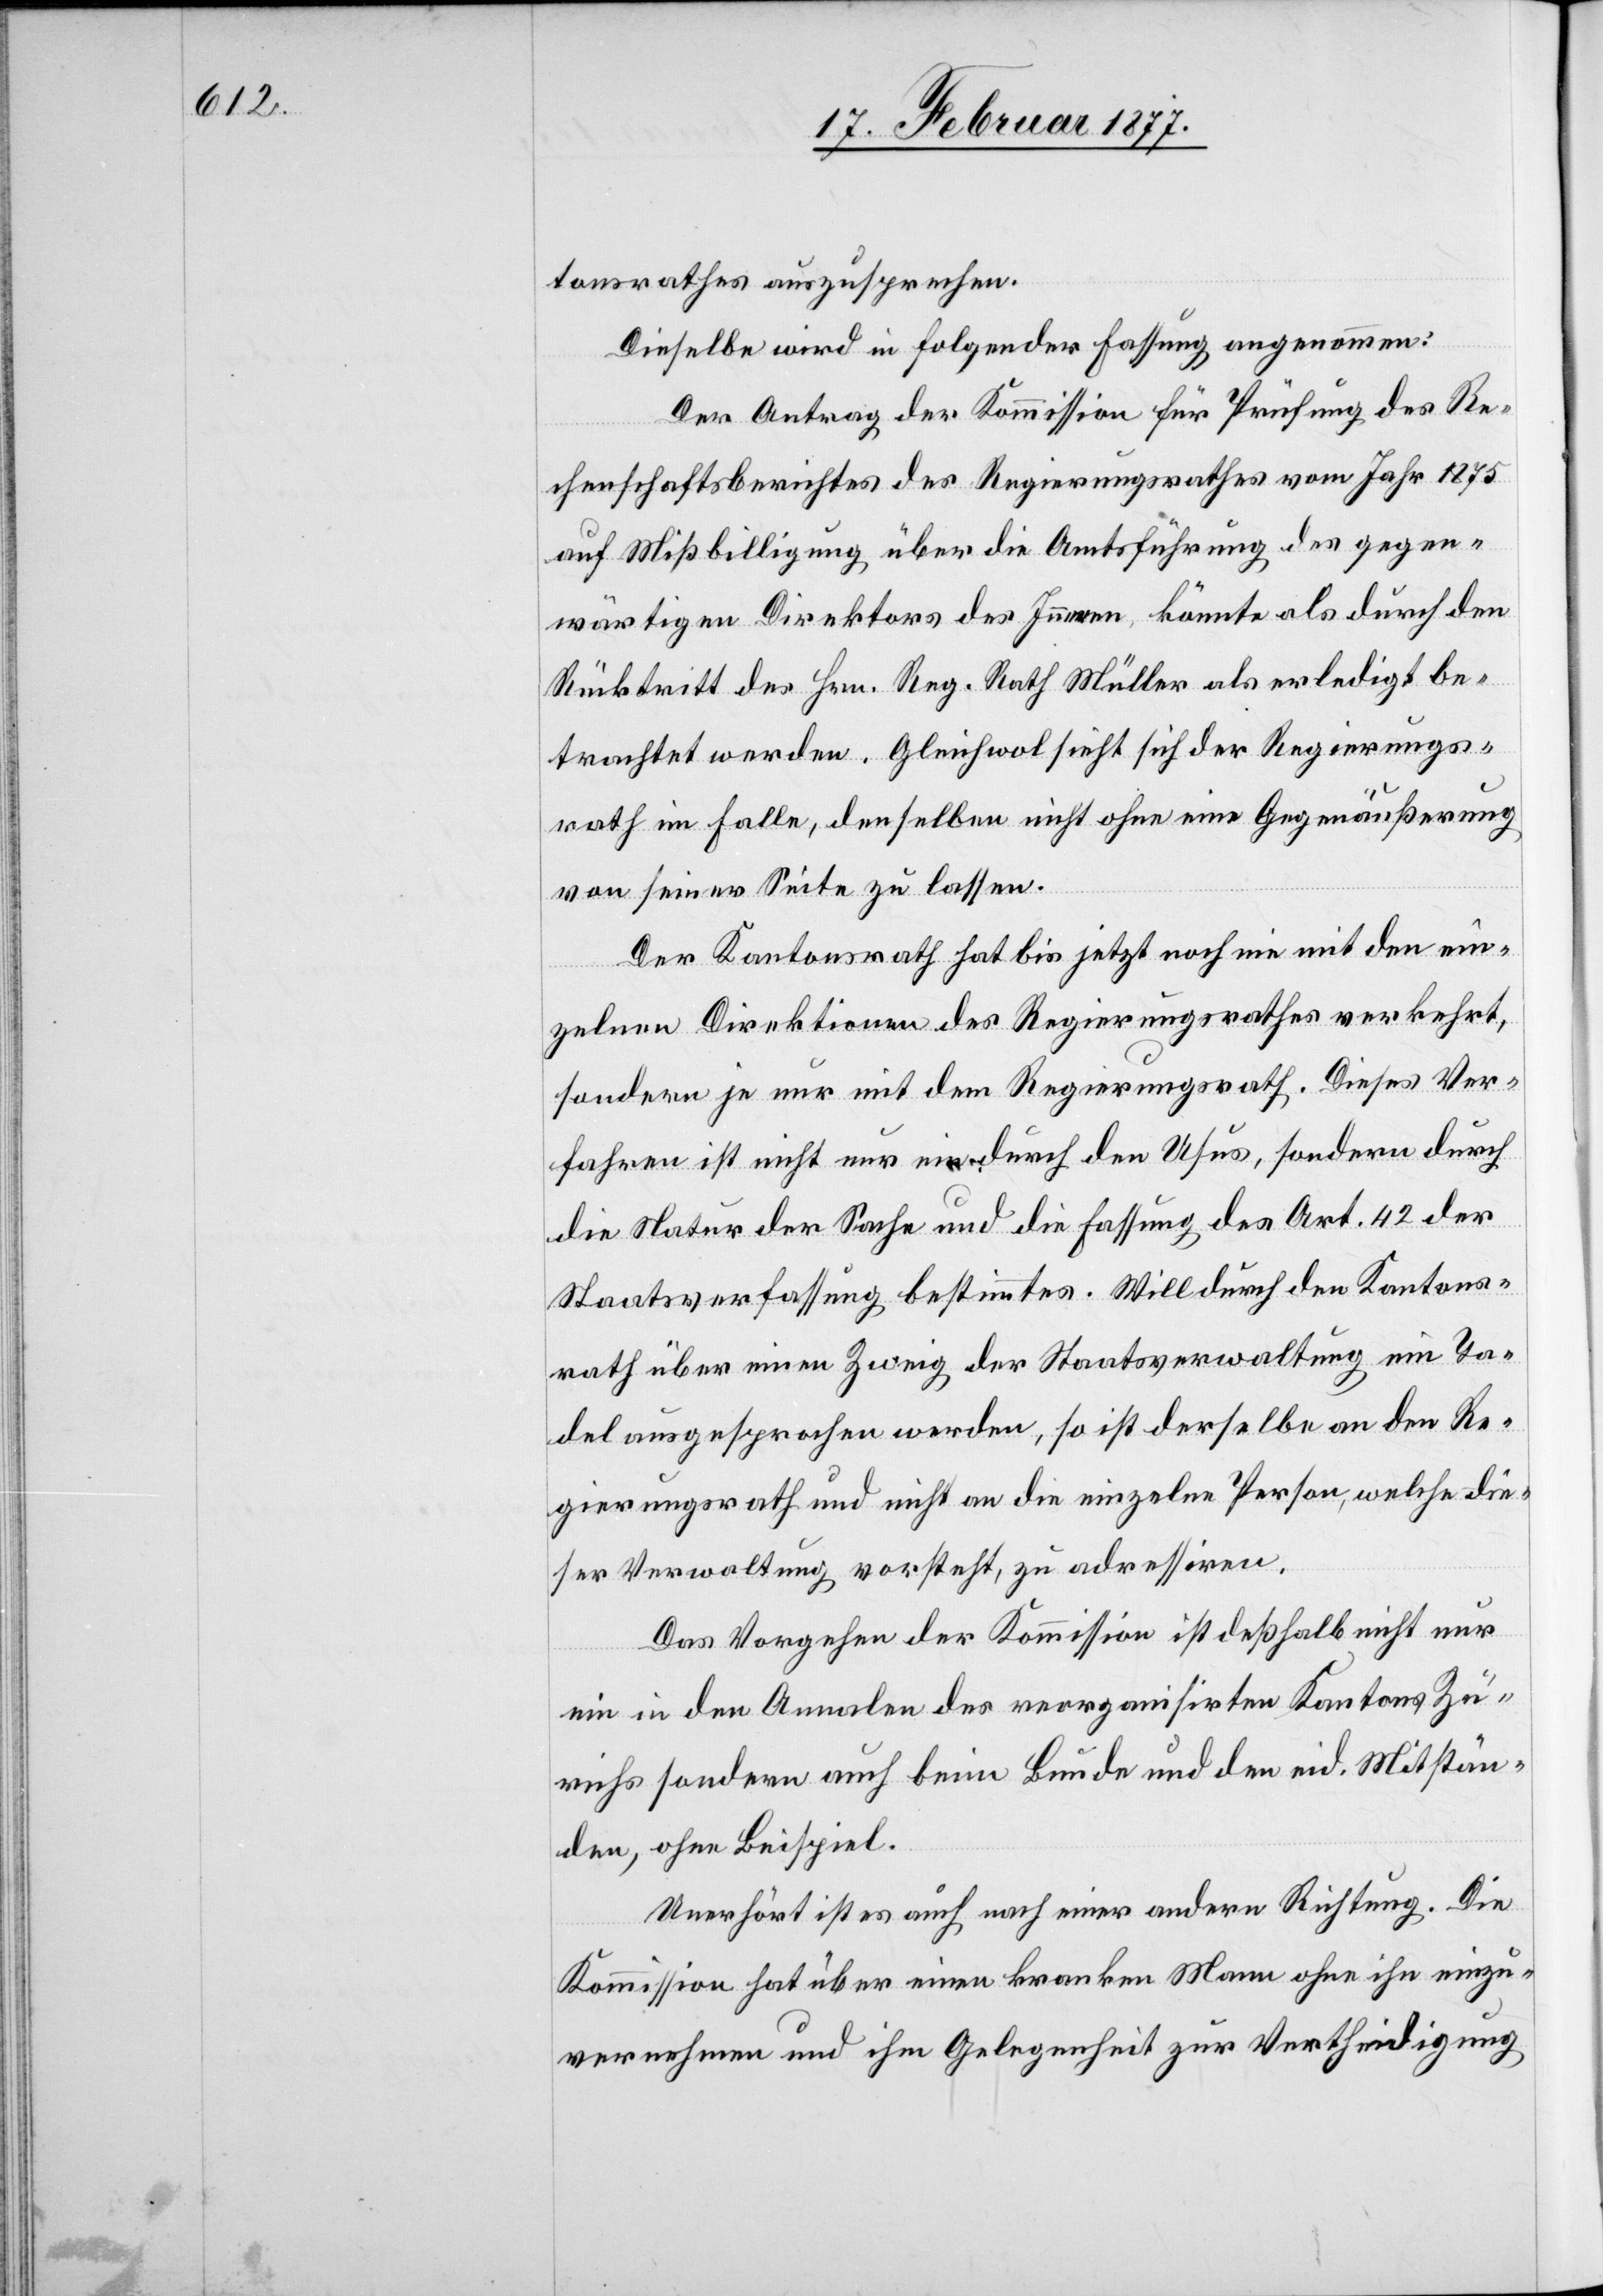
tonsrathes auszusprechen.
Dieselbe wird in folgender Fassung angenommen:
Der Antrag der Kommission für Prüfung des Re¬
chenschaftsberichtes des Regierungsrathes vom Jahr 1875
auf Mißbilligung über die Amtsführung des gegen¬
wärtigen Direktors des Innern, könnte als durch den
Rücktritt des Hrn. Reg. Rath Müller als erledigt be¬
trachtet werden. Gleichwol sieht sich der Regierungs¬
rath im Falle, denselben nicht ohne eine Gegenäußerung
von seiner Seite zu lassen.
Der Kantonsrath hat bis jetzt noch nie mit den ein¬
zelnen Direktionen des Regierungsrathes verkehrt,
sondern je nur mit dem Regierungsrath. Dieses Ver¬
fahren ist nicht nur ein durch den Usus, sondern durch
die Natur der Sache und die Fassung des Art. 42 der
Staatsverfassung bestimmtes. Will durch den Kantons¬
rath über einen Zweig der Staatsverwaltung ein Ta¬
del ausgesprochen werden, so ist derselbe an den Re¬
gierungsrath und nicht an die einzelne Person, welche die¬
ser Verwaltung vorsteht, zu adressiren.
Das Vorgehen der Kommission ist deßhalb nicht nur
ein in den Annalen des reorganisirten Kantons Zü¬
richs sondern auch beim Bunde und den eid. Mitstän¬
den, ohne Beispiel
Unerhört ist es auch nach einer andern Richtung. Die
Kommission hat über einen kranken Mann ohne ihn einzu¬
vernehmen und ihm Gelegenheit zur Vertheidigung